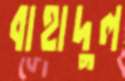
বাহাদুল